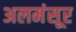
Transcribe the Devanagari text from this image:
अलमंसूर